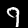
Digit: 9